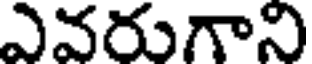
ఎవరుగాని